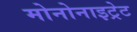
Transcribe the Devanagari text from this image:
मोनोनाइट्रेट